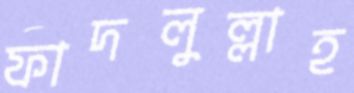
ফাদলুল্লাহ